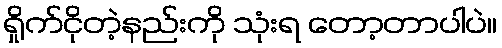
ရှိုက်ငိုတဲ့နည်းကို သုံးရ တော့တာပါပဲ။